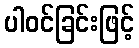
ပါဝင်ခြင်းဖြင့်